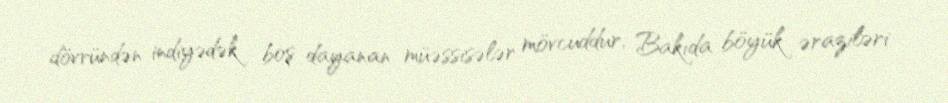
dövründən indiyədək boş dayanan müəssisələr mövcuddur, Bakıda böyük əraziləri